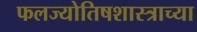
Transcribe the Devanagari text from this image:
फलज्योतिषशास्त्राच्या